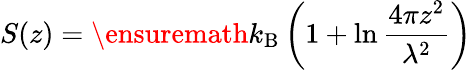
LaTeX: S(z)=\ensuremath{k_{\mathrm{B}}}\left(1+\ln\frac{4\pi z^{2}}{\lambda^{2}}\right)